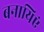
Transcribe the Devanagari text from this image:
बनायिएं